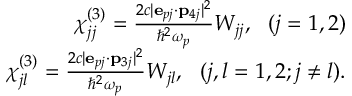
\begin{array} { r l r } & { } & { \chi _ { j j } ^ { ( 3 ) } = \frac { 2 c | { \bf e } _ { p j } \cdot \mathbf { p } _ { 4 j } | ^ { 2 } } { \hbar ^ { 2 } \omega _ { p } } W _ { j j } , \, \, \, \, ( j = 1 , 2 ) } \\ & { } & { \chi _ { j l } ^ { ( 3 ) } = \frac { 2 c | { \bf e } _ { p j } \cdot \mathbf { p } _ { 3 j } | ^ { 2 } } { \hbar ^ { 2 } \omega _ { p } } W _ { j l } , \, \, \, \, ( j , l = 1 , 2 ; j \neq l ) . } \end{array}